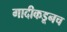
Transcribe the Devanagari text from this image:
गादीकडूनच